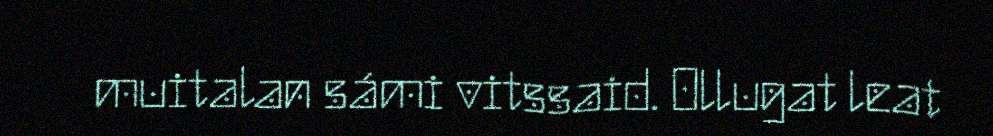
muitalan sámi vitssaid. Ollugat leat